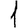
Digit: 1